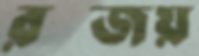
রন্জয়